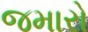
જમારો